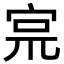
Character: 宺